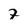
Character: 7